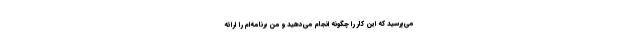
می‌پرسید که این کار را چگونه انجام می‌دهید و من برنامه‌ام را ارائه